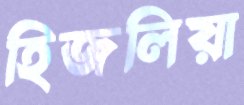
হিজলিয়া